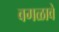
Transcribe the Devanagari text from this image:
वगळावे